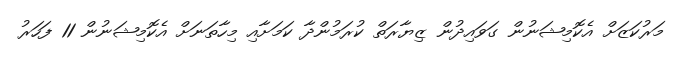
މަރުކަޒަށް އެކޮމިޝަނުން ގަވައިދުން ޒިޔާރަތް ކުރަމުންދާ ކަމަށާއި މިހާތަނަށް އެކޮމިޝަނުން 11 ފަހަރު